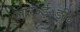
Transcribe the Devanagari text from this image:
आर॰ई॰डी॰